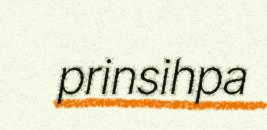
prinsihpa